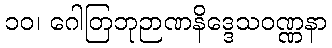
၁၀၊ ဂေါတြဘုဉာဏနိဒ္ဒေသဝဏ္ဏနာ